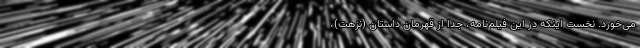
می‌خورد. نخست اينكه در اين فيلم‌نامه، جدا از قهرمان داستان (نزهت)،